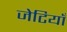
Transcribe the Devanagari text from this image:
जेटियाँ